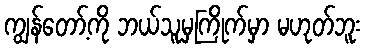
ကျွန်တော့်ကို ဘယ်သူမှကြိုက်မှာ မဟုတ်ဘူး